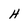
Character: H